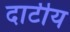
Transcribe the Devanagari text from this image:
दाटीय